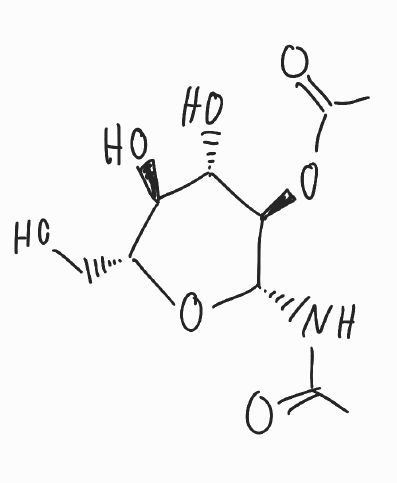
Simplified molecular-input line-entry system (SMILES) notation of the given molecule:
CC(=O)N[C@H]1[C@@H]([C@H]([C@@H]([C@H](O1)CO)O)O)OC(=O)C